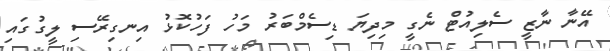
އޭނާ ނާޒީ ސެލިއުޓް ނެގީ މިދިޔަ ޑިސެމްބަރު މަހު ފަހުކޮޅު އިނގިރޭސި ލީގުގައި